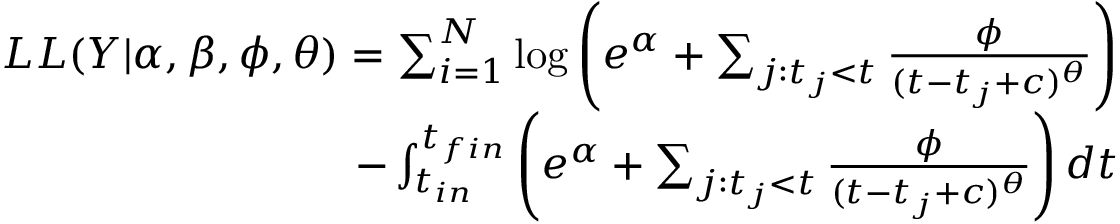
\begin{array} { r } { L L ( Y | \alpha , \beta , \phi , \theta ) = \sum _ { i = 1 } ^ { N } \log \left( e ^ { \alpha } + \sum _ { j : t _ { j } < t } \frac { \phi } { ( t - t _ { j } + c ) ^ { \theta } } \right) } \\ { - \int _ { t _ { i n } } ^ { t _ { f i n } } \left( e ^ { \alpha } + \sum _ { j : t _ { j } < t } \frac { \phi } { ( t - t _ { j } + c ) ^ { \theta } } \right) d t } \end{array}